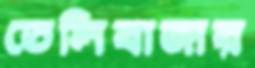
তেলিবাজার